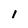
Character: l